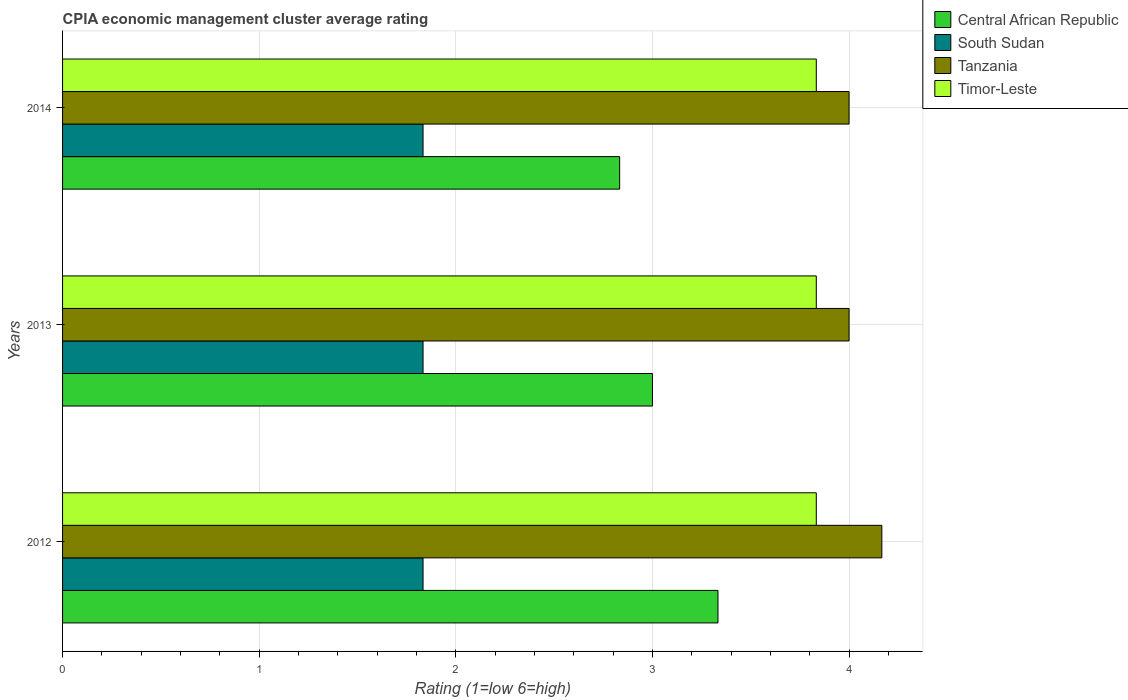
| Years | Central African Republic | South Sudan | Tanzania | Timor-Leste |
 | --- | --- | --- | --- | --- |
 | 2012 | 3.33 | 1.83 | 4.17 | 3.83 |
 | 2013 | 3 | 1.83 | 4 | 3.83 |
 | 2014 | 2.83 | 1.83 | 4 | 3.83 |